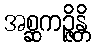
အစ္ဆကဉ္ဇိန္တိ